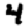
Digit: 4